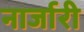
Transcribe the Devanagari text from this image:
नार्जारी